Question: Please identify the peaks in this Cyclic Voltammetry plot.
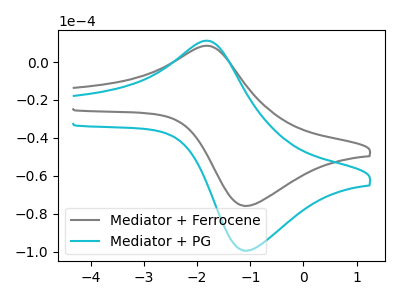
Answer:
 <answer>The gray curve "Mediator + Ferrocene" has an anodic peak at (-1.85V, 8.55uA) and a cathodic peak at (-1.05V, -75.85uA). The cyan curve "Mediator + PG" has an anodic peak at (-1.85V, 11.20uA) and a cathodic peak at (-1.05V, -99.45uA).</answer>
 <eval></eval>